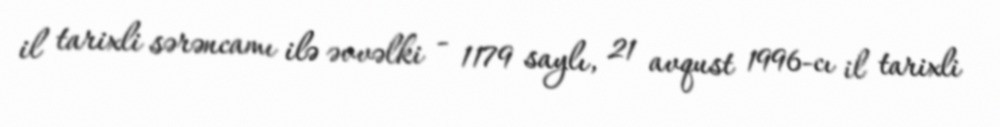
il tarixli sərəncamı ilə əvvəlki - 1179 saylı, 21 avqust 1996-cı il tarixli